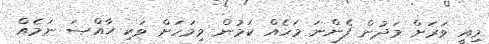
މިއީ ވަރަށް މަދުން ފެންނަ މަހެއް ކަމުން މިމަހަށް ވަކި ޚާއްޞަ ނަމެއް